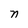
Character: n